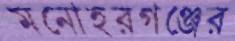
মনোহরগঞ্জের